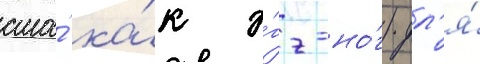
сша́ ка́к э́гг-но́г) дл'я́